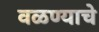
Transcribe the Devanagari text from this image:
वळण्याचे